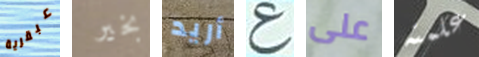
عبقرية بخير أريد ع على علمته